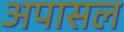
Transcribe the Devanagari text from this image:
अपासल